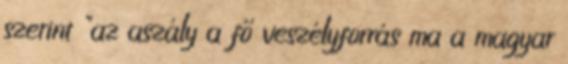
szerint "az aszály a fő veszélyforrás ma a magyar